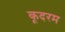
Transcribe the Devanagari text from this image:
कूदरम